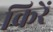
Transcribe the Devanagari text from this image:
किरें